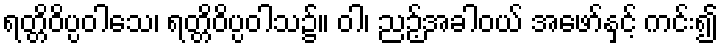
ရတ္တိဝိပ္ပဝါသေ၊ ရတ္တိဝိပ္ပဝါသ၌။ ဝါ၊ ညဉ့်အခါဝယ် အဖော်နှင့် ကင်း၍